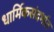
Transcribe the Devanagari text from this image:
धार्मिकसंदर्भात